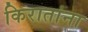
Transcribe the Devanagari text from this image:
किरातांना